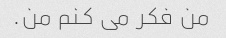
من فکر می کنم من.